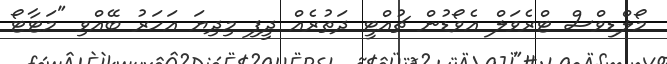
މޯލްޑިވްސް ޓްރެވަލް އެވޯޑުން ޗުއްޓީ ދަތުރެއް ދީފި މިދިޔަ އަހަރު ބޭއްވި "މަޓާޓޯ